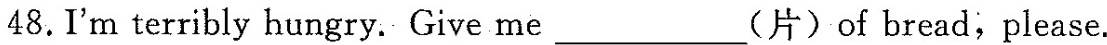
48.I'm terribly hungry. Give me___(片)of bread;please.